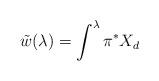
LaTeX: \begin{align*}\tilde w(\lambda)=\int^{\lambda} \pi^* X_d\end{align*}